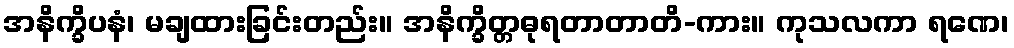
အနိက္ခိပနံ၊ မချထားခြင်းတည်း။ အနိက္ခိတ္တဓုရတာတာတိ-ကား။ ကုသလကာ ရဏေ၊